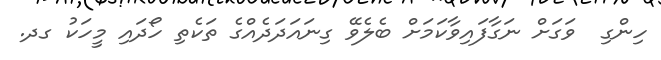
ހިންގި  ވަގަށް ނަގާފައިވާކަމަށް ބެލެވޭ ގިނައަދަދެއްގެ ތަކެތި ހޯދައި މީހަކު ގދ.